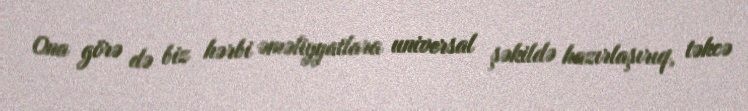
Ona görə də biz hərbi əməliyyatlara universal şəkildə hazırlaşırıq, təkcə